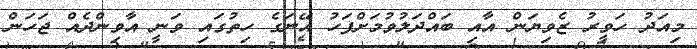
މިއަދު ހަވީރު ޒެވިޔަން އާއި ބައްދަލުވުމަށްފަހު އޭނަގެ ހިތުގައި ވަނީ އާވިންދެއް ޖަހަން